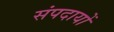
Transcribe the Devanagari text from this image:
संपदायों